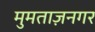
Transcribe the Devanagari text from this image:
मुमताज़नगर